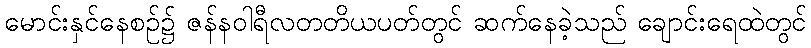
မောင်းနှင်နေစဉ်၌ ဇန်နဝါရီလတတိယပတ်တွင် ဆက်နေခဲ့သည် ချောင်းရေထဲတွင်